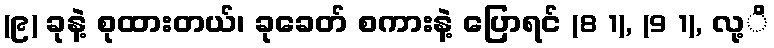
(၉) ခုနဲ့ စုထားတယ်၊ ခုခေတ် စကားနဲ့ ပြောရင် (8 1), (9 1), လု့ိ